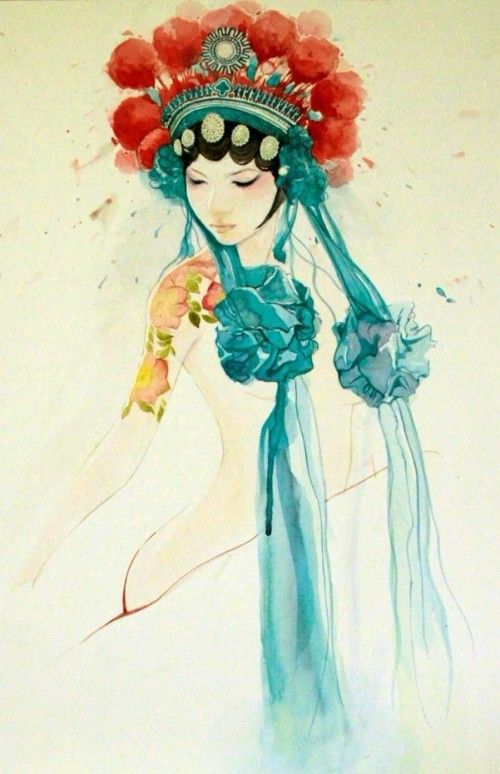
寂寂花时闭院门，美人相并立琼轩。